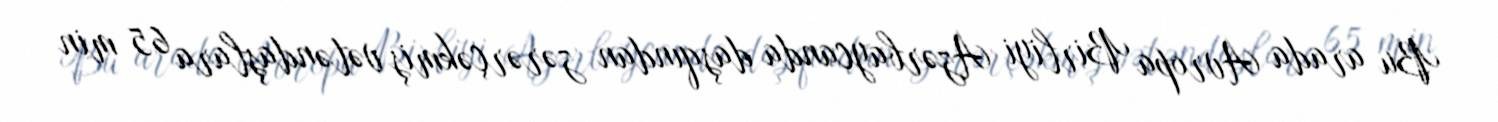
Bu arada Avropa Birliyi Azərbaycanda daşqından zərərçəkmiş vətəndaşlara 65 min